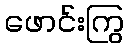
ဖောင်းကြွ